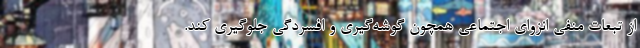
از تبعات منفی انزوای اجتماعی همچون گوشه‌گیری و افسردگی جلوگیری کند.